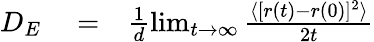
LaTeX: \begin{array}{rlr}{D_{E}}&{{}=}&{\frac{1}{d}\operatorname*{lim}_{t\rightarrow\infty}\frac{\langle[r(t)-r(0)]^{2}\rangle}{2t}}\end{array}